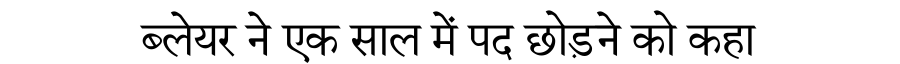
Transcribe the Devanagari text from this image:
ब्लेयर ने एक साल में पद छोड़ने को कहा